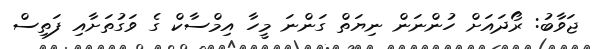
ޖަވާބު: ރޯދައަށް ހުންނަން ނިޔަތް ގަންނަ މީހާ އިމްސާކް ގެ ވަގުތަށާއި ފަތިސް